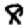
Digit: 8